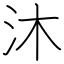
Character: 沐